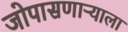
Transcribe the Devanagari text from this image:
जोपासणाऱ्याला